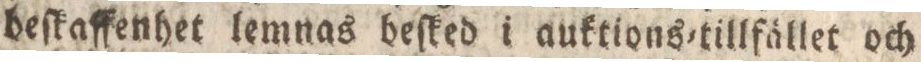
beſkaffenhet lemnas beſked i auktions=tillfället och